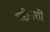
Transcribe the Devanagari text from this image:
गद्दीनशीं